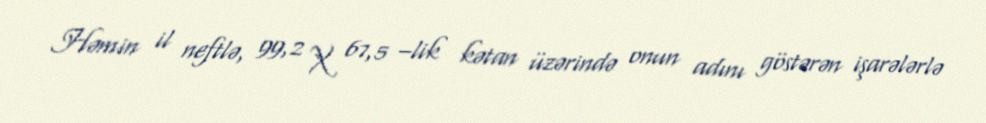
Həmin il neftlə, 99,2 X 67,5 –lik kətan üzərində onun adını göstərən işarələrlə